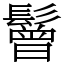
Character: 鬙